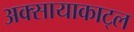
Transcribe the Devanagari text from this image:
अक्सायाकाट्ल